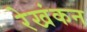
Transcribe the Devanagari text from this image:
रेखंकन